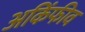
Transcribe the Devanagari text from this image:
अकिंफीव